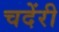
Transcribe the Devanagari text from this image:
चदेंरी